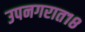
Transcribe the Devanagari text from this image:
उपनगरात१८